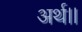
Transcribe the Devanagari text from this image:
अर्थ।।